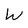
Character: W